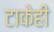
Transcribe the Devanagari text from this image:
टाकेही